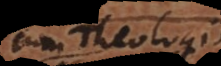
cum Theologis